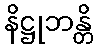
နိဋ္ဌုဘန္တိ